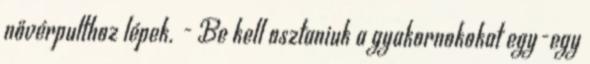
nővérpulthoz lépek. - Be kell osztaniuk a gyakornokokat egy-egy